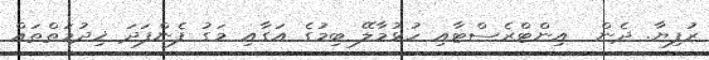
ރުފިޔާ. ދެން  އިންޓްރެސްޓާއި ހުޅުމާލޭ ބިމުގެ އަގާއި މަގު ފެންފަދަ ޚިދުމަތްތައް